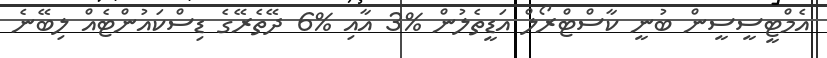
އެމްޓީސީސީން ބުނީ ކާސްޓްރޯލް އަޑީތެލުން %3 އާއި %6 ދޭތެރޭގެ ޑިސްކައުންޓެއް ލިބޭނެ